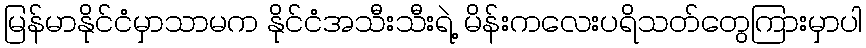
မြန်မာနိုင်ငံမှာသာမက နိုင်ငံအသီးသီးရဲ့ မိန်းကလေးပရိသတ်တွေကြားမှာပါ